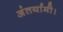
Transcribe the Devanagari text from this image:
अंतर्यामी।